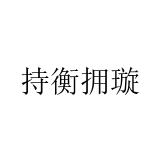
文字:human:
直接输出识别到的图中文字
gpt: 持衡拥璇